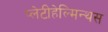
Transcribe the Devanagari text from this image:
प्लेटीहेल्मिन्थस